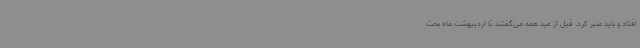
افتاد و باید صبر کرد. قبل از عید همه می‌گفتند تا اردیبهشت ماه بحث